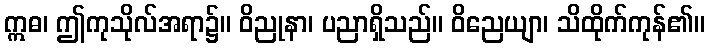
ဣဓ၊ ဤကုသိုလ်အရာ၌။ ဝိညုနာ၊ ပညာရှိသည်။ ဝိညေယျာ၊ သိထိုက်ကုန်၏။